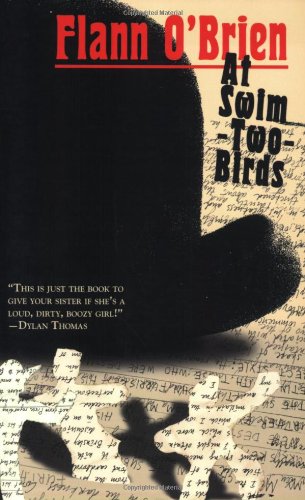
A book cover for At Swim-Two-Birds (Irish Literature); Flann O'Brien; Literature & Fiction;